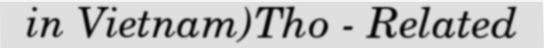
in Vietnam)Tho - Related